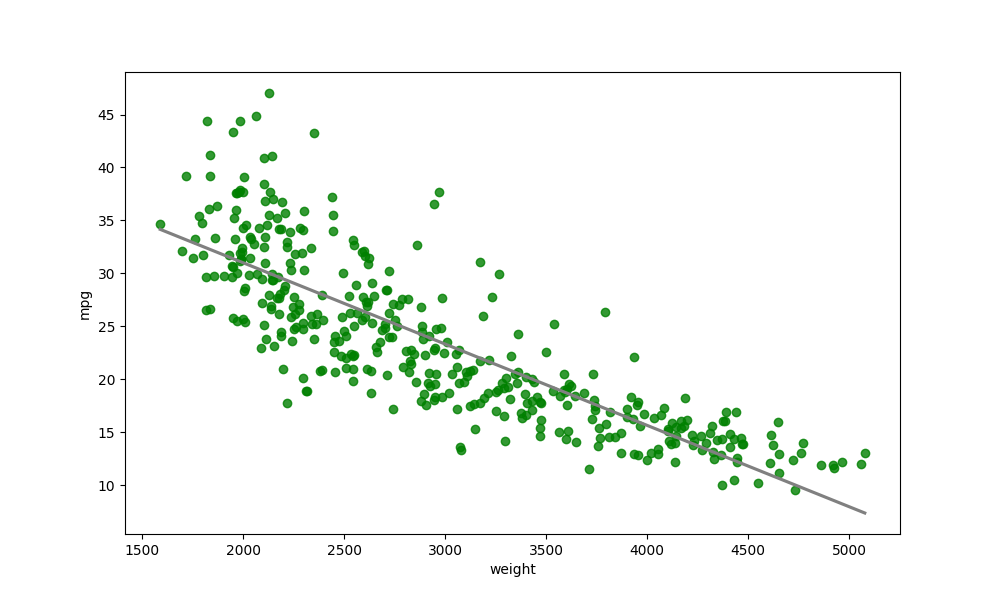
python, seaborn, regplot, order=1, ci=None, scatter_color=green, line_color=gray